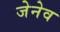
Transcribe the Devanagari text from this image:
जेनेव